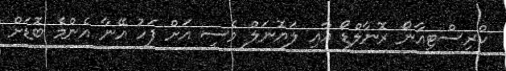
ކްރިސްޓިއާނޯ ރޮނާލްޑޯ އާއި ލަޔޮނަލް މެސީ އަށް ފަހު އޭނާ އެންމެ ބޮޑަށް